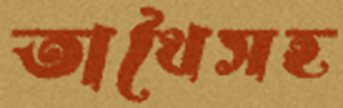
তাথৈসহ